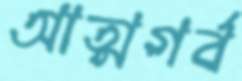
আত্মগর্ব